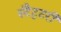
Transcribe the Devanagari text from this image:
स्टैटुटरी